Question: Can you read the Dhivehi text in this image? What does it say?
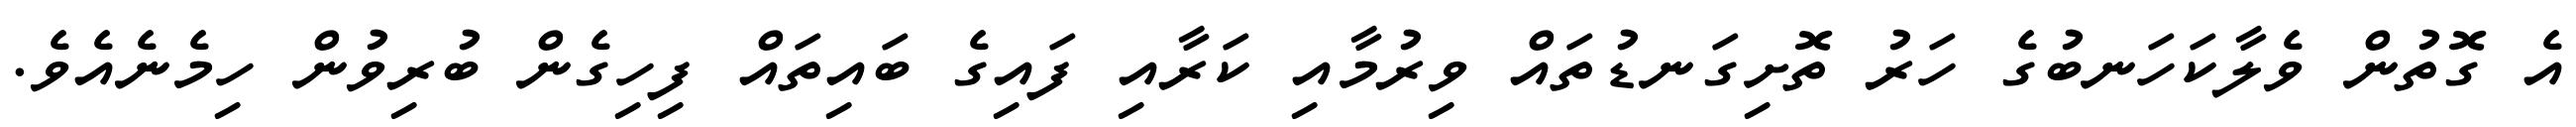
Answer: އެ ގޮތުން ވެލާކަހަނބުގެ ހަރު ތޮށިގަނޑުތައް ވިރުމާއި ކަރާއި ފައިގެ ބައިތައް ފިހިގެން ބުރިވުން ހިމެނެއެވެ.